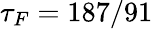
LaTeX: \tau_{F}=187/91